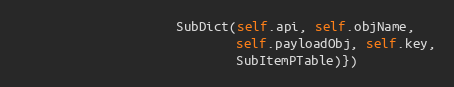
Language: Python
                     SubDict(self.api, self.objName,
                             self.payloadObj, self.key,
                             SubItemPTable)})